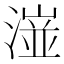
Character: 潂